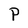
Character: P